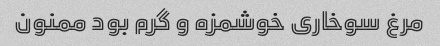
مرغ سوخاری خوشمزه و گرم بود ممنون